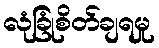
လုံခြုံစိတ်ချရမှု